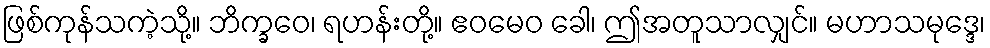
ဖြစ်ကုန်သကဲ့သို့။ ဘိက္ခဝေ၊ ရဟန်းတို့။ ဧဝမေဝ ခေါ၊ ဤအတူသာလျှင်။ မဟာသမုဒ္ဒေ၊